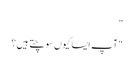
"
"آپ ایسا کیوں سوچتے ہیں ؟